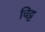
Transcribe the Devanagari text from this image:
चिट्ट